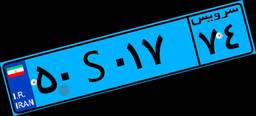
۳۲S۷۹۸۸۵